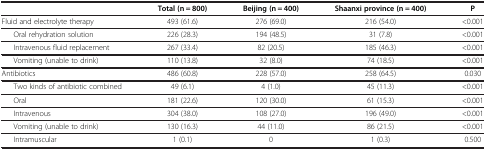
<table><thead><tr><td><b> </b></td><td><b>Total (n = 800)</b></td><td><b>Beijing (n = 400)</b></td><td><b>Shaanxi province (n = 400)</b></td><td><b>P</b></td></tr></thead><tbody><tr><td>Fluid and electrolyte therapy</td><td>493 (61.6)</td><td>276 (69.0)</td><td>216 (54.0)</td><td>&lt;0.001</td></tr><tr><td>Oral rehydration solution</td><td>226 (28.3)</td><td>194 (48.5)</td><td>31 (7.8)</td><td>&lt;0.001</td></tr><tr><td>Intravenous fluid replacement</td><td>267 (33.4)</td><td>82 (20.5)</td><td>185 (46.3)</td><td>&lt;0.001</td></tr><tr><td>Vomiting (unable to drink)</td><td>110 (13.8)</td><td>32 (8.0)</td><td>74 (18.5)</td><td>&lt;0.001</td></tr><tr><td>Antibiotics</td><td>486 (60.8)</td><td>228 (57.0)</td><td>258 (64.5)</td><td>0.030</td></tr><tr><td>Two kinds of antibiotic combined</td><td>49 (6.1)</td><td>4 (1.0)</td><td>45 (11.3)</td><td>&lt;0.001</td></tr><tr><td>Oral</td><td>181 (22.6)</td><td>120 (30.0)</td><td>61 (15.3)</td><td>&lt;0.001</td></tr><tr><td>Intravenous</td><td>304 (38.0)</td><td>108 (27.0)</td><td>196 (49.0)</td><td>&lt;0.001</td></tr><tr><td>Vomiting (unable to drink)</td><td>130 (16.3)</td><td>44 (11.0)</td><td>86 (21.5)</td><td>&lt;0.001</td></tr><tr><td>Intramuscular</td><td>1 (0.1)</td><td>0</td><td>1 (0.3)</td><td>0.500</td></tr></tbody></table>